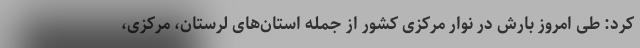
کرد: طی امروز بارش در نوار مرکزی کشور از جمله استان‌های لرستان، مرکزی،